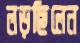
লড়ছিলেন